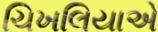
ચિખલિયાએ